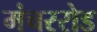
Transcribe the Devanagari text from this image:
मंचररोड